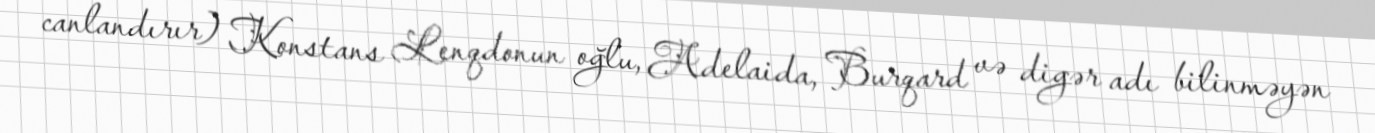
canlandırır) Konstans Lenqdonun oğlu, Adelaida, Burqard və digər adı bilinməyən